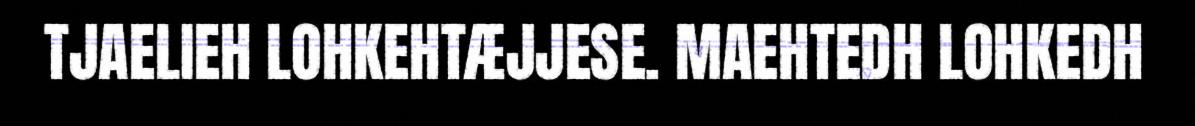
TJAELIEH LOHKEHTÆJJESE. MAEHTEDH LOHKEDH